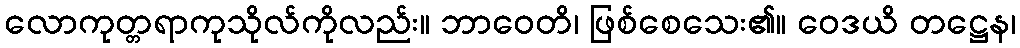
လောကုတ္တရာကုသိုလ်ကိုလည်း။ ဘာဝေတိ၊ ဖြစ်စေသေး၏။ ဝေဒယိ တဋ္ဌေန၊